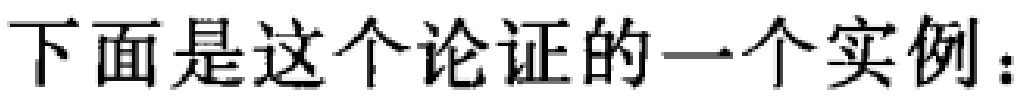
下面是这个论证的一个实例：